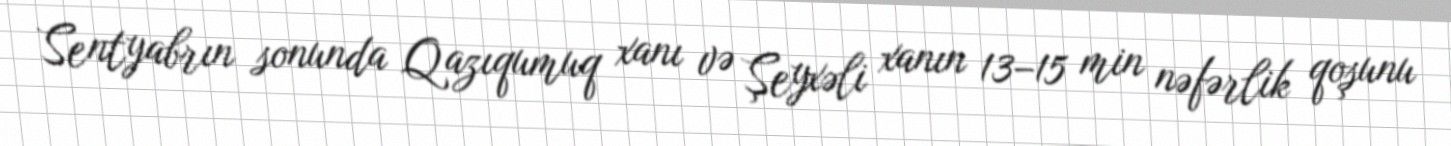
Sentyabrın sonunda Qazıqumuq xanı və Şeyxəli xanın 13–15 min nəfərlik qoşunu